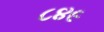
૮૪૯